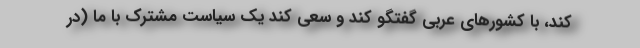
کند، با کشورهای عربی گفتگو کند و سعی کند یک سیاست مشترک با ما (در